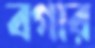
বগার